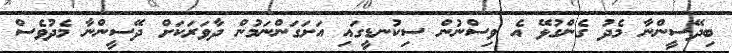
ބިދޭސީންނާ މެދު ގެންގުޅޭ އެ ވިސްނުން ސިކުނޑީގައި އަށަގަންނަމުން ދާވަރަކަށް ދޭސީންނާ މެދުވެސް